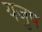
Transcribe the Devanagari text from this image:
यजुष